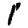
Digit: 1